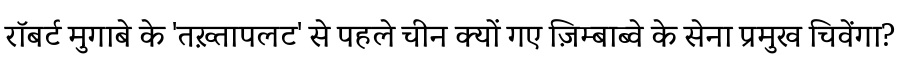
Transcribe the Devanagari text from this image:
रॉबर्ट मुगाबे के 'तख़्तापलट' से पहले चीन क्यों गए ज़िम्बाब्वे के सेना प्रमुख चिवेंगा?